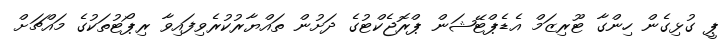
ޕީ ގުޅިގެން ހިންގާ ޓޫރިޒަމް އެޑެޕްޓޭޝަން ޕްރޮޖެކްޓުގެ ދަށުން ތައްޔާރުކުރެވިފައިވާ ރިޕޯޓުތަކުގެ މައްޗަށް